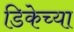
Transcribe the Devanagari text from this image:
डिकेच्या